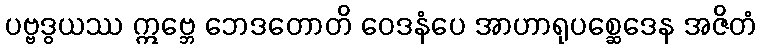
ပဗ္ဗဒွယဿ ဣဗ္ဘေ ဘေဒတောတိ ဝေဒနံပေ အာဟာရုပစ္ဆေဒေန အဇိတံ